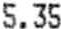
5.35